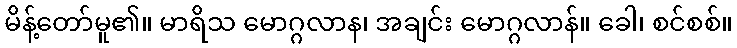
မိန့်တော်မူ၏။ မာရိသ မောဂ္ဂလာန၊ အချင်း မောဂ္ဂလာန်။ ခေါ၊ စင်စစ်။